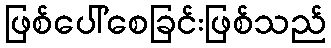
ဖြစ်ပေါ်စေခြင်းဖြစ်သည်